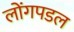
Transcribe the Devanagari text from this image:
लोंगपडल